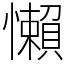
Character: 懶